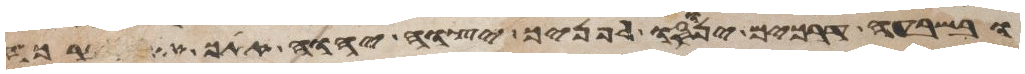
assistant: ובשבעה דרכים ינוסו לפניך יצוה יהוה אתך את